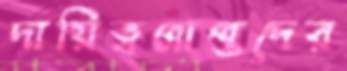
দায়িত্বপ্রাপ্তদের